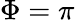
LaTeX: \Phi=\pi